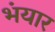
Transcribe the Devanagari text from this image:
भंयार